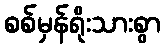
စစ်မှန်ရိုးသားစွာ